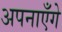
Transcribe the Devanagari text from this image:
अपनाएँगे